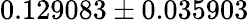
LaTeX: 0.129083\pm 0.035903